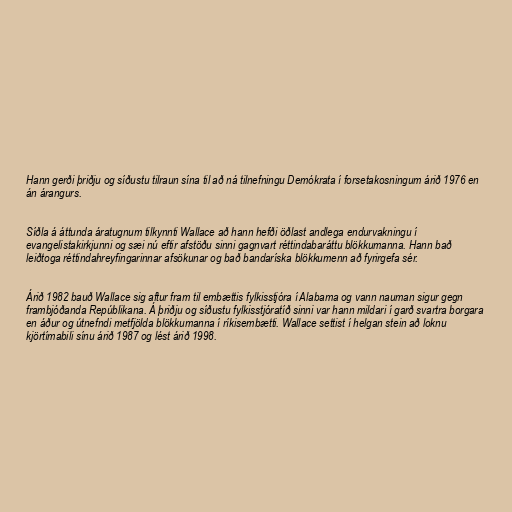
Hann gerði þriðju og síðustu tilraun sína til að ná tilnefningu Demókrata í forsetakosningum árið 1976 en
án árangurs.

Síðla á áttunda áratugnum tilkynnti Wallace að hann hefði öðlast andlega endurvakningu í
evangelistakirkjunni og sæi nú eftir afstöðu sinni gagnvart réttindabaráttu blökkumanna. Hann bað
leiðtoga réttindahreyfingarinnar afsökunar og bað bandaríska blökkumenn að fyrirgefa sér.

Árið 1982 bauð Wallace sig aftur fram til embættis fylkisstjóra í Alabama og vann nauman sigur gegn
frambjóðanda Repúblikana. Á þriðju og síðustu fylkisstjóratíð sinni var hann mildari í garð svartra borgara
en áður og útnefndi metfjölda blökkumanna í ríkisembætti. Wallace settist í helgan stein að loknu
kjörtímabili sínu árið 1987 og lést árið 1998.